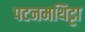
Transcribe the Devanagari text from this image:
पटनमथिट्टा